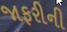
જાફરીની